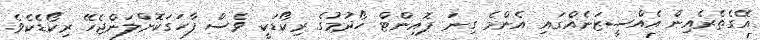
އޭގެތެރެއިން އެއްސީޒަނެއްގައި އެންމެ ގިނަ ޕޮއިންޓް ހޯދުމުގެ ރިކޯޑަކީ ވެސް ފާހަގަކޮށްލަންޖެހޭ ރިކޯޑެކެވެ.